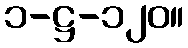
၁-ဋ္ဌ-၁၂၀။